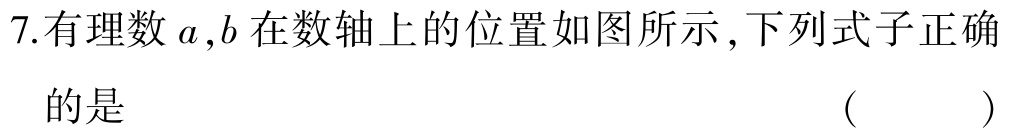
7.有理数\(a,b\)在数轴上的位置如图所示,下列式子正确的是  （  ）